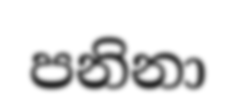
පනිනා